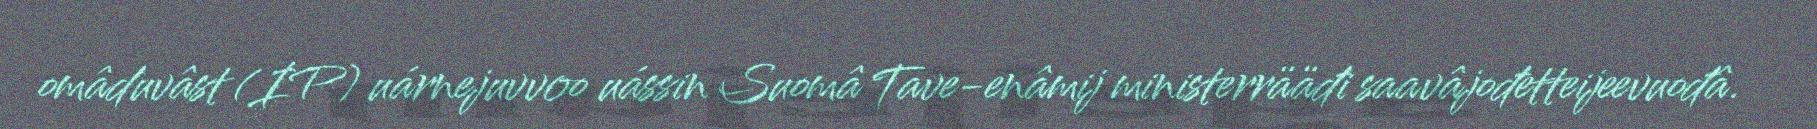
omâduvâst (IP) uárnejuvvoo uássin Suomâ Tave-enâmij ministerrääđi saavâjođetteijeevuođâ.